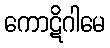
ကောဋိဂါမေ